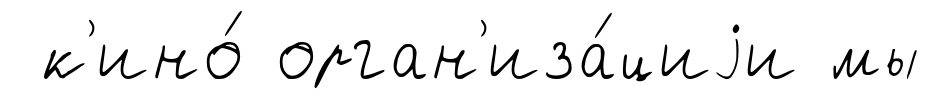
к'ино́ орган'иза́циjи мы